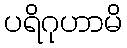
ပရိဂုဟာမိ